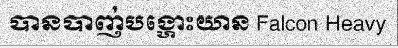
បានបាញ់បង្ហោះយាន Falcon Heavy